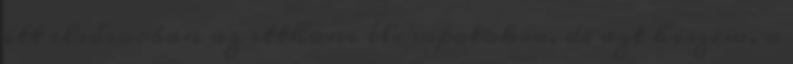
itt elsősorban az itthoni élcsapatokra, de azt hiszem, a